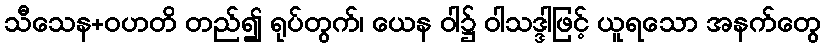
သီသေန+ဝဟတိ တည်၍ ရုပ်တွက်၊ ယေန ဝါ၌ ဝါသဒ္ဒါဖြင့် ယူရသော အနက်တွေ